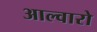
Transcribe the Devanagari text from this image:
आल्वारो